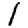
Digit: 1